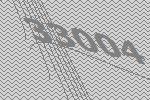
33004